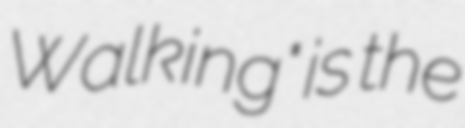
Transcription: Walking" is the